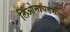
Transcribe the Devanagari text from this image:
लिओनायडसला